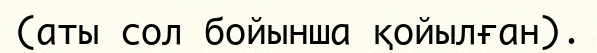
(аты сол бойынша қойылған).